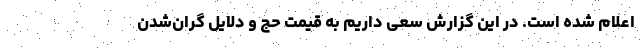
اعلام شده است. در این گزارش سعی داریم به قیمت حج و دلایل گران‌شدن